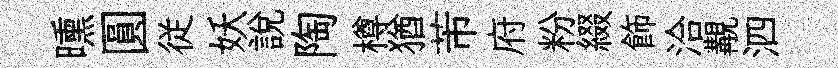
曛圓従妖說陶樽猶芾府粉綴飾洽覯泗